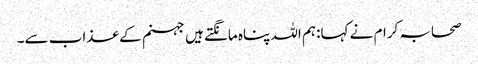
صحابہ کرام نے کہا:ہم اللہ پناہ مانگتے ہیں جہنم کے عذاب سے۔